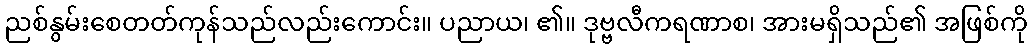
ညစ်နွမ်းစေတတ်ကုန်သည်လည်းကောင်း။ ပညာယ၊ ၏။ ဒုဗ္ဗလီကရဏာစ၊ အားမရှိသည်၏ အဖြစ်ကို